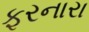
ફરનારા